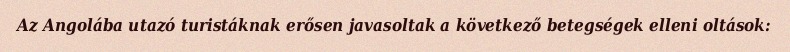
Az Angolába utazó turistáknak erősen javasoltak a következő betegségek elleni oltások: